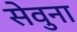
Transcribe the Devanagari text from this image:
सेवुना